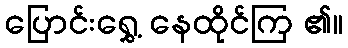
ပြောင်းရွှေ့ နေထိုင်ကြ ၏။